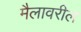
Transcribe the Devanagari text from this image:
मैलावरील